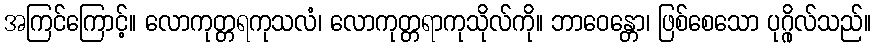
အကြင်ကြောင့်။ လောကုတ္တရကုသလံ၊ လောကုတ္တရာကုသိုလ်ကို။ ဘာဝေန္တော၊ ဖြစ်စေသော ပုဂ္ဂိုလ်သည်။